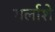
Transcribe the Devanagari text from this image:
गर्लाशे